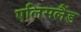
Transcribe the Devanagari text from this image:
एलिसलैंड